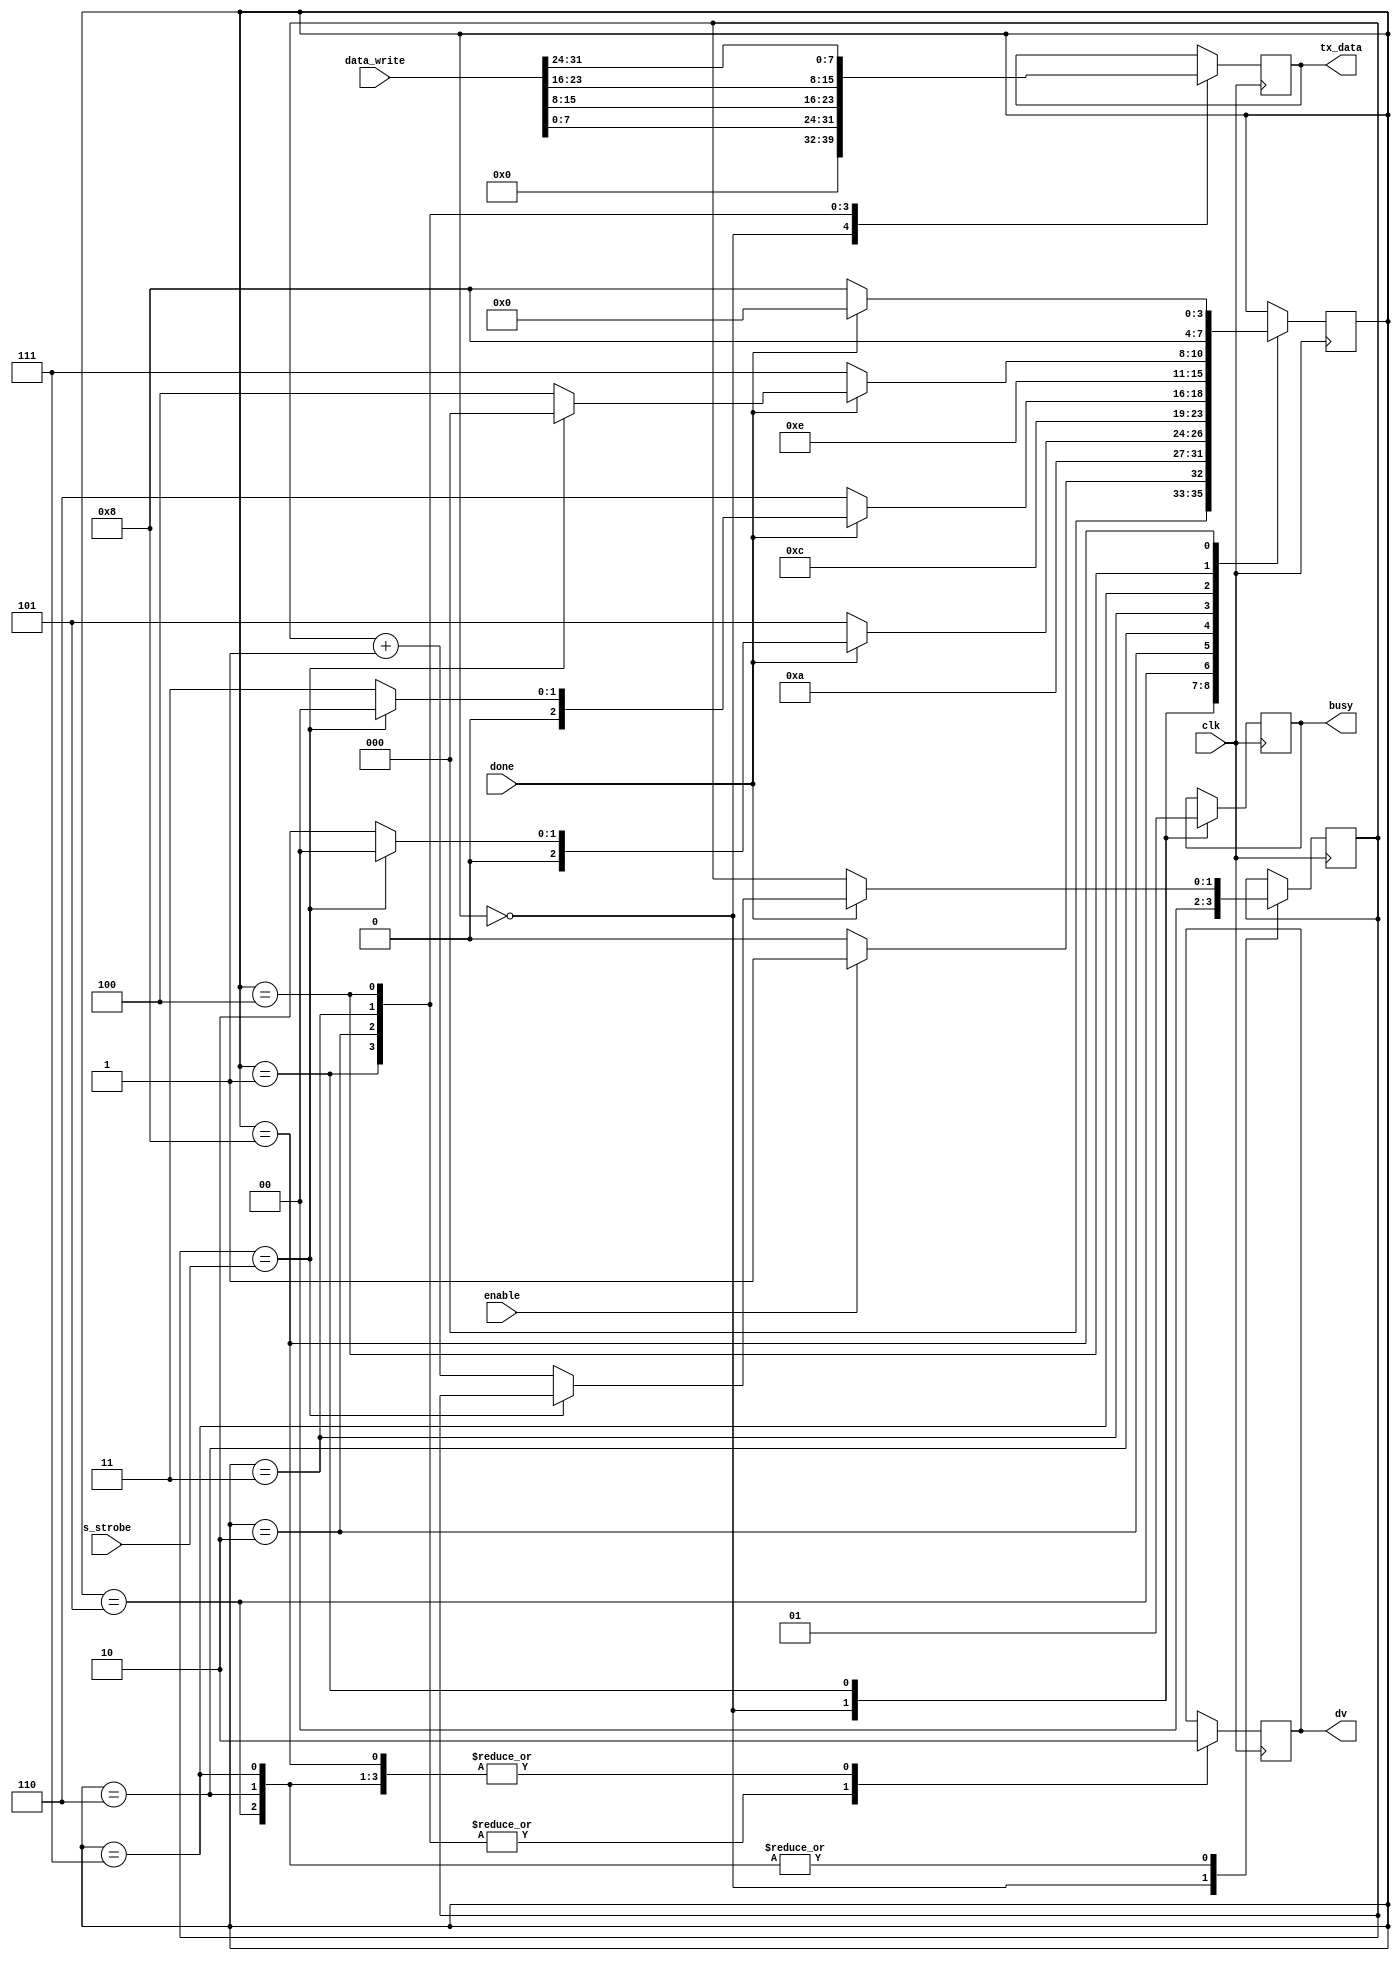
module ctrl_uart (
    input                   clk,
    input [1:0]             s_strobe,
    input  wire [31:0]      data_write,
    input                   enable,
    input                   done, // Signal indicating UART is ready for next byte

    output    reg            busy,
    output  reg              dv, // Data valid signal
    output reg [7:0]         tx_data
);

reg [1:0] max_counter;
reg [3:0] state = 0;
parameter idle = 4'b0000;
parameter byte1 = 4'b0001;
parameter byte2 = 4'b0010;
parameter byte3 = 4'b0011;
parameter byte4 = 4'b0100;
parameter ack1 = 4'b0101;
parameter ack2 = 4'b0110;
parameter ack3 = 4'b0111;
parameter ack4 = 4'b1000;

always @(posedge clk)
begin
    case(state)
        idle:
        begin
            tx_data <= 0;
            busy <= 0;
            dv <= 0;
            max_counter <= 0;
            if(enable)
                state <= byte1;
            else
                state <= idle;
        end

        byte1: begin
                    busy <= 1;
                    tx_data <= data_write[7:0];
                    dv <= 1;
                    state <= ack1;
               end
               
        ack1: begin
            dv <= 0;
//            tx_data <= 0;
            if(done)
            begin
                if(max_counter == s_strobe) begin
                        state <= idle;
                        dv <= 0;
                    end
                    else begin
                        state <= byte2;
                        dv <= 0;
                        max_counter <= max_counter + 1;
                    end
            end else begin               
                state <= ack1;
//                dv <= 0;
            end
            end

        byte2: begin
                tx_data <= data_write[15:8];
                dv <= 1;
                state <= ack2;
               end
               
        ack2: begin
                dv <= 0;
//                tx_data <= 0;
                if(done) begin
                    if(max_counter == s_strobe)
                        state <= idle;
                    else begin
                        state <= byte3;
                        dv <= 0;
                        max_counter <= max_counter + 1;
                    end
            end else begin
                state <= ack2;
//                dv <= 0;
            end
        end

        byte3: begin
                tx_data <= data_write[23:16];
                dv <= 1;
                state <= ack3;
               end
               
        ack3: begin
                dv <= 0;
//                tx_data <= 0;
                if(done) begin
                    if(max_counter == s_strobe)
                            state <= idle;
                        else begin
                            state <= byte4;
                            dv <= 0;
                            max_counter <= max_counter + 1;
                        end
                end else begin
                    state <= ack3;
//                    dv <= 0;
                end
        end

        byte4: begin
                tx_data <= data_write[31:24];
                dv <= 1;
                state <= ack4;
               end
               
        ack4: begin
                dv <= 0;
//                tx_data <= 0;
                if(done) begin
                    state <= idle;
                end else begin
                    state <= ack4;
//                    dv <= 0;
                end
    end
    endcase
end

endmodule